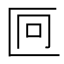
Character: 𫧒